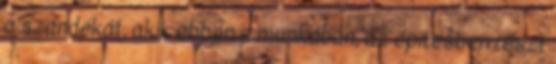
a szándékát, akik ebben a munkában, az építésben részt